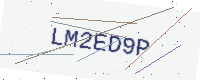
Text: LM2ED9P